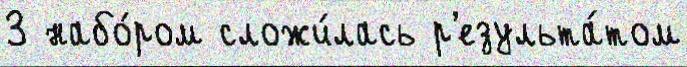
3 набо́ром сложи́лась р'езульта́том